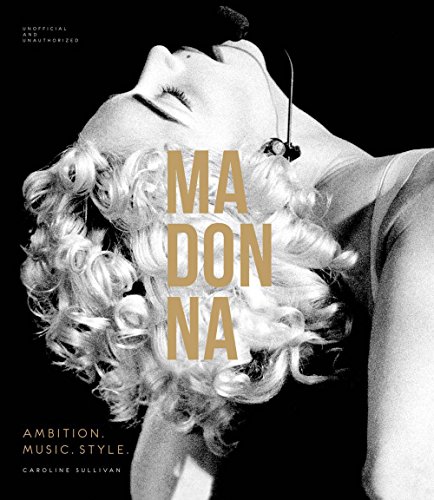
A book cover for Madonna: Ambition. Music. Style.; Caroline Sullivan; Humor & Entertainment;